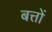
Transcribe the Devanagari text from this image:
बत्तों